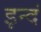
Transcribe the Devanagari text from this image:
इन्दं